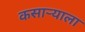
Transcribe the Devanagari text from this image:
कसाऱ्याला